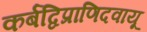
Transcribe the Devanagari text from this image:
कर्बद्विप्राणिदवायू